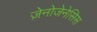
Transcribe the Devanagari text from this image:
ज़ेनोजेनेसिस